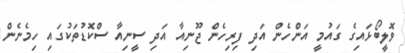
ވޮލީބޯޅައިގެ ގައުމީ އަންހެން އަދި ފިރިހެން ޖޫނިއާ އަދި ސީނިއާ ސްކޮޑުތަކުގައި ހިމެނެން